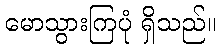
မောသွားကြပုံ ရှိသည်။